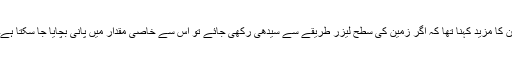
ان کا مزید کہنا تھا کہ اگر زمین کی سطح لیزر طریقے سے سیدھی رکھی جائے تو اس سے خاصی مقدار میں پانی بچایا جا سکتا ہے۔